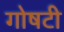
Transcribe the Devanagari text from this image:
गोषटी